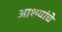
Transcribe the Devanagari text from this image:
आशयांचे